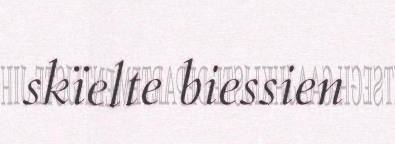
skïelte biessien